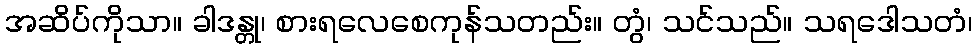
အဆိပ်ကိုသာ။ ခါဒန္တု၊ စားရလေစေကုန်သတည်း။ တွံ၊ သင်သည်။ သရဒေါသတံ၊